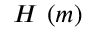
H \mathrm { ~ } ( m )